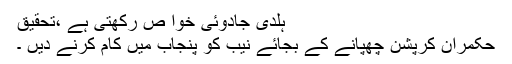
ہلدی جادوئی خوا ص رکھتی ہے ،تحقیق
حکمران کرپشن چھپانے کے بجائے نیب کو پنجاب میں کام کرنے دیں ۔